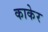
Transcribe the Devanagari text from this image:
काकेर